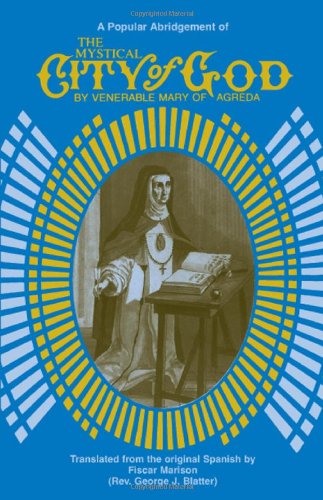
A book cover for The Mystical City of God: A Popular Abridgement of the Divine History and Life of the Virgin Mother of God; Mary of Agreda; Christian Books & Bibles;